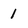
Character: 1